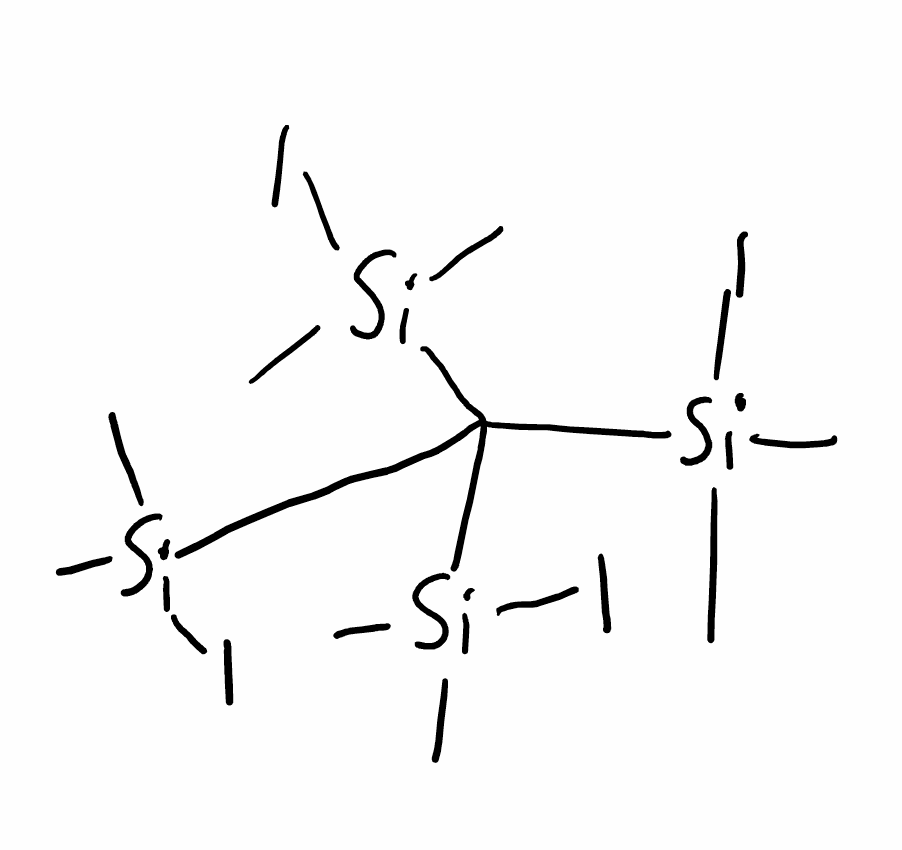
Simplified molecular-input line-entry system (SMILES) notation of the given molecule:
C[Si](C)(C([Si](C)(C)I)([Si](C)(C)I)[Si](C)(C)I)I